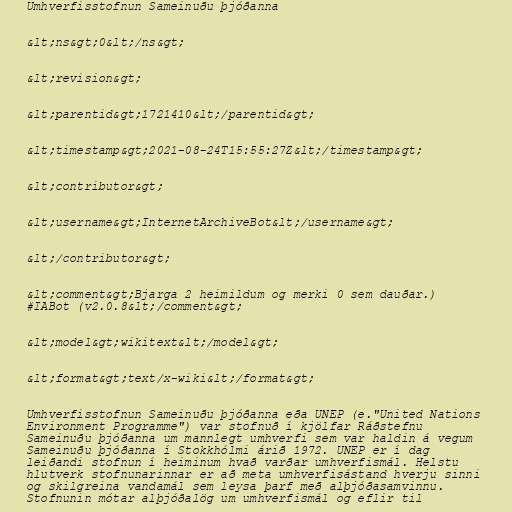
Umhverfisstofnun Sameinuðu þjóðanna

&lt;ns&gt;0&lt;/ns&gt;

&lt;revision&gt;

&lt;parentid&gt;1721410&lt;/parentid&gt;

&lt;timestamp&gt;2021-08-24T15:55:27Z&lt;/timestamp&gt;

&lt;contributor&gt;

&lt;username&gt;InternetArchiveBot&lt;/username&gt;

&lt;/contributor&gt;

&lt;comment&gt;Bjarga 2 heimildum og merki 0 sem dauðar.)
#IABot (v2.0.8&lt;/comment&gt;

&lt;model&gt;wikitext&lt;/model&gt;

&lt;format&gt;text/x-wiki&lt;/format&gt;

Umhverfisstofnun Sameinuðu þjóðanna eða UNEP (e."United Nations
Environment Programme") var stofnuð í kjölfar Ráðstefnu
Sameinuðu þjóðanna um mannlegt umhverfi sem var haldin á vegum
Sameinuðu þjóðanna í Stokkhólmi árið 1972. UNEP er í dag
leiðandi stofnun í heiminum hvað varðar umhverfismál. Helstu
hlutverk stofnunarinnar er að meta umhverfisástand hverju sinni
og skilgreina vandamál sem leysa þarf með alþjóðasamvinnu.
Stofnunin mótar alþjóðalög um umhverfismál og eflir til